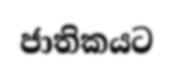
ජාතිකයට